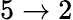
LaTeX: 5\to 2